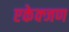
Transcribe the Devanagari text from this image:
एकेक्जण